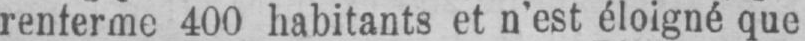
renferme 400 habitants et n’est éloigné que